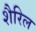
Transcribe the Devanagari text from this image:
शैरिल